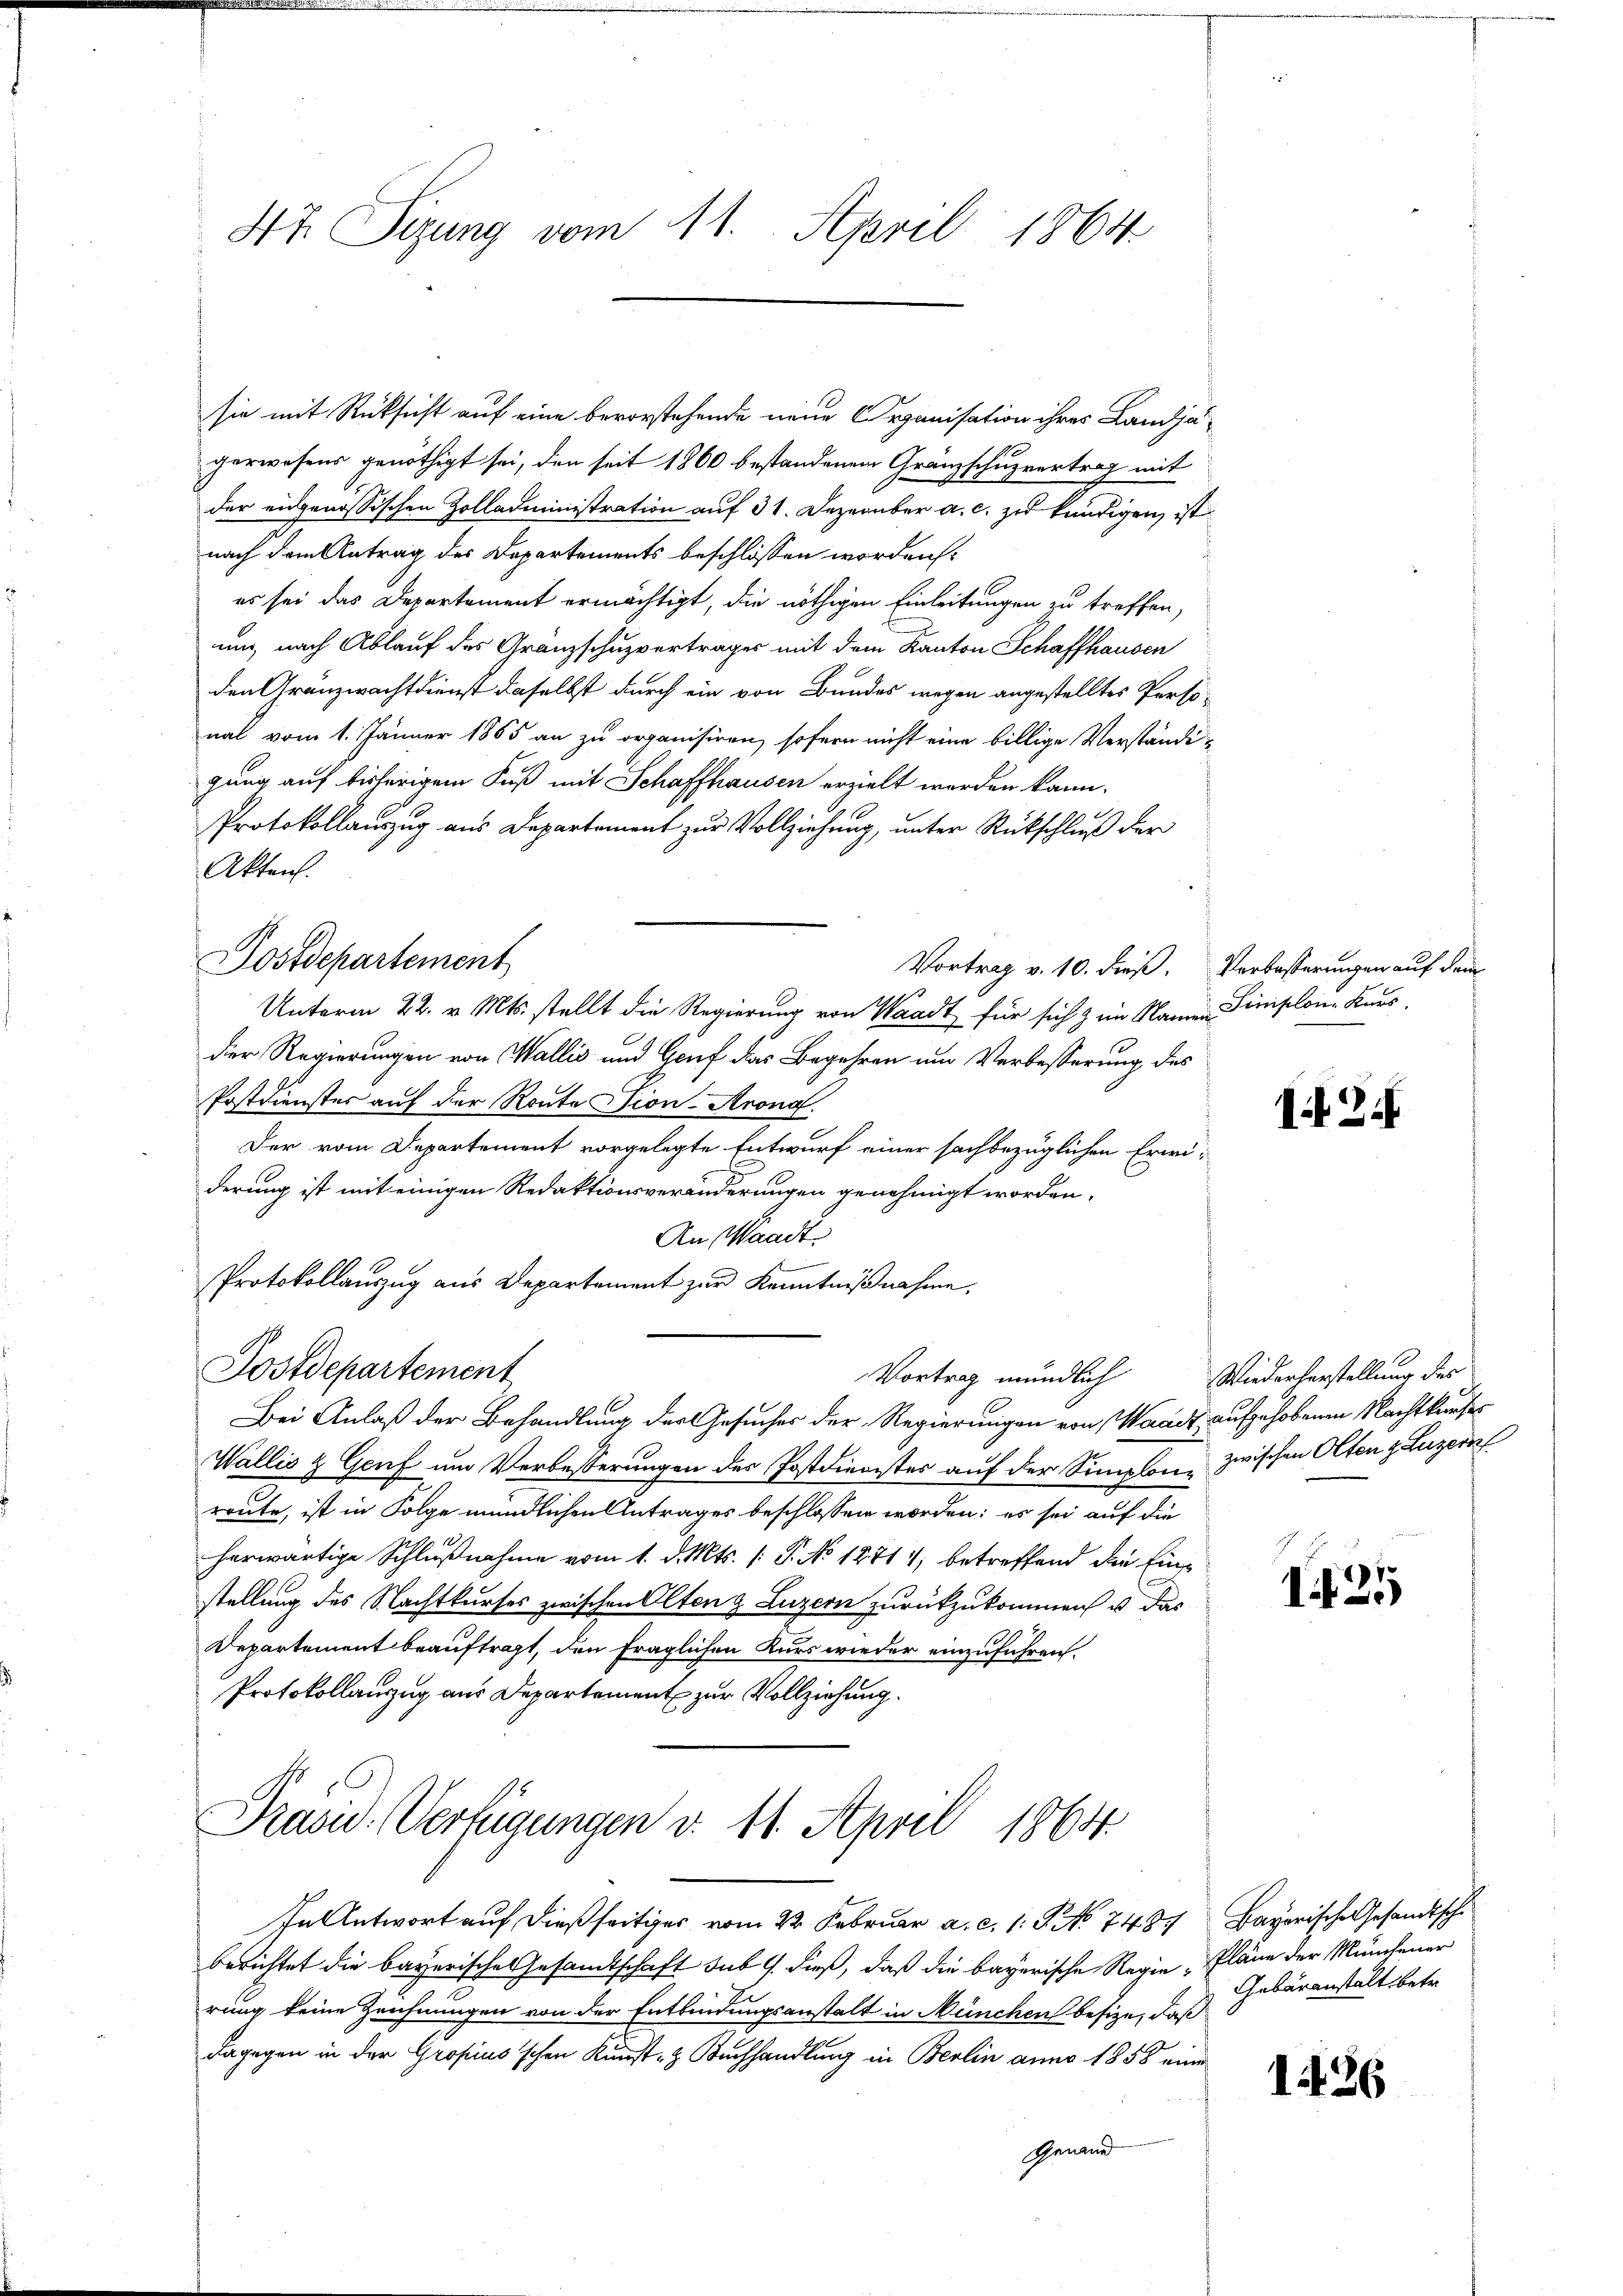
Ht. Sizung vom 11. April 1864

sie mit Rücksicht auf eine bevorstehende neue Organisation ihres Landjägerwesens genöthigt sei, den seit 1860 bestandenen Gränzschuzvertrag mit
der eidgenössischen Zolladministration auf 31. Dezerüber a. c. zu kündigen, ist
nach dem Antrag des Departements beschlossen worden:
es sei das Departement ermächtigt, die nöthigen Einleitungen zu treffen,
und, nach Ablauf des Gränzschuzvertrages mit dem Kanton Schaffhausen
den Gränzwachtdienst daselbst durch ein von Bundes wegen angestelltes Perso-
nal vom 1. Jänner 1865 an zu organisiren, sofern nicht eine billige Verständigung auf bisherigem Fuß mit Schaffhausen erzielt werden kann.
Protokollauszug aus Departement zur Vollziehung, unter Rückschluß der
Akten.
Vortrag v. 10. dieß. Verbesserungen auf dem
Unterm 22. v. Mts. stellt die Regierung von Waadt für sich & im Namender Regierungen von Wallis und Genf das Begehren um Verbesserung des
Postdienstes auf der Route Vion-Arona.
Der vom Departement vorgelegte Entwurf einer sachbezüglichen Erwiderung ist mit einigen Redaktionsveränderungen genehmigt worden.
An Waadt.
Protokollauszug aus Departement zur Kenntnißnahme,
Postdepartement
Vortrag mündlich Wiederherstellung des
Bei Anlaß der Behandlung der Gesuches der Regierungen von Waadt aufgehobenen Nachtkaufes
Wallis & Genf um Verbesserungen der Postdienstes auf der Simplon zwischen Olten z Luzern
reute, ist in Folge mündlichen Antrages beschlossen worden; es sei auf die
herwärtige Schlußnahme vom 1. d. Mts. [: P. No 12717; betreffend die Einstellung des Nachtkurses zwischen Olten & Luzern zurückzukommen u. das
Departement beauftragt, den fraglichen Kurs wieder einzuführen.
Protokollauszug aus Departement zur Vollziehung.
Präsid. Verfügungen v. 11. April 1864.
In Antwort auf dießseitiges vom 22. Februar a. c. 1. P. No 7487 Bayerische Gesandtsche
berichtet die bayerische Gesandtschaft sub 9. dieß, daß die bayerische Regie Pläne der Münchener
rung keine Zeichnungen von der Entbindungsanstalt in München besize, daß
dagegen in der Gropiusschen Kunst- & Buchhandlung in Berlin anno 1858 eine
Genand

Dostdepartement

Siniplon Kars.

I Zi

1425

Gebäranstalt betr.

1426